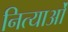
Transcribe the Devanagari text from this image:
नित्याओं